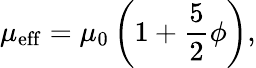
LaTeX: \mu_{\mathrm{eff}}=\mu_{0}\left(1+{\frac{5}{2}}\phi\right),